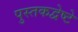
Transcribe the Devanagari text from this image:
पुस्तकद्वेष्टे